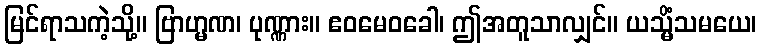
မြင်ရာသကဲ့သို့။ ဗြာဟ္မဏ၊ ပုဏ္ဏား။ ဧဝမေဝခေါ၊ ဤအတူသာလျှင်။ ယသ္မိံသမယေ၊